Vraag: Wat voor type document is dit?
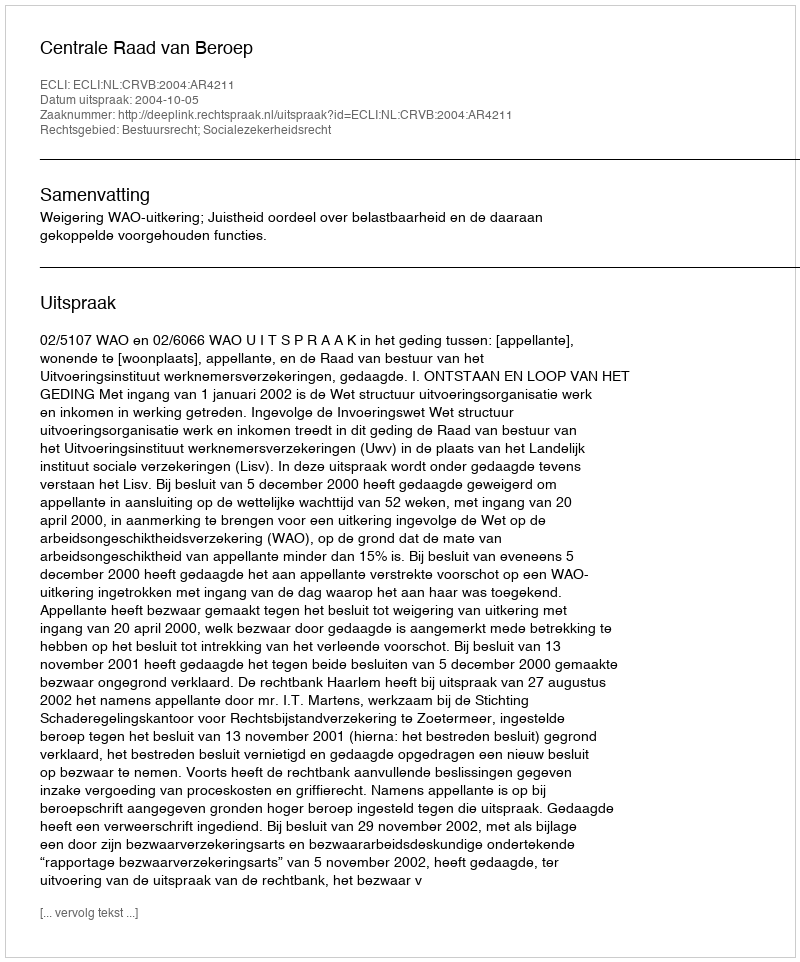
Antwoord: Uitspraak